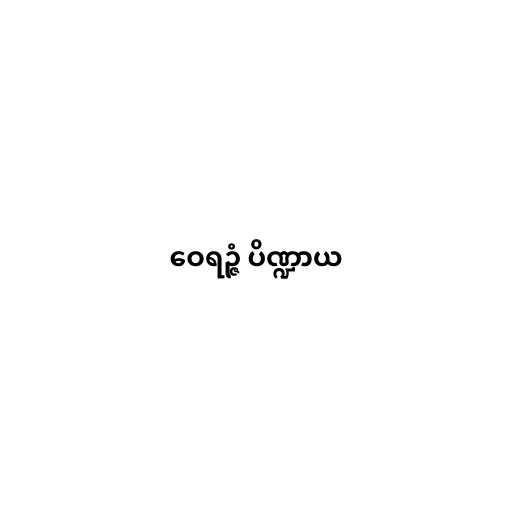
ဝေရဉ္ဇံ ပိဏ္ဍာယ